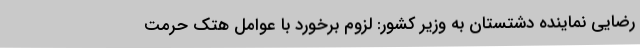
رضایی نماینده دشتستان به وزیر کشور: لزوم برخورد با عوامل هتک حرمت